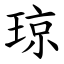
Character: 琼